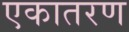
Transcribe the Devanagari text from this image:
एकातरण